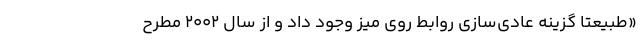
«طبیعتا گزینه عادی‌سازی روابط روی میز وجود داد و از سال ۲۰۰۲ مطرح